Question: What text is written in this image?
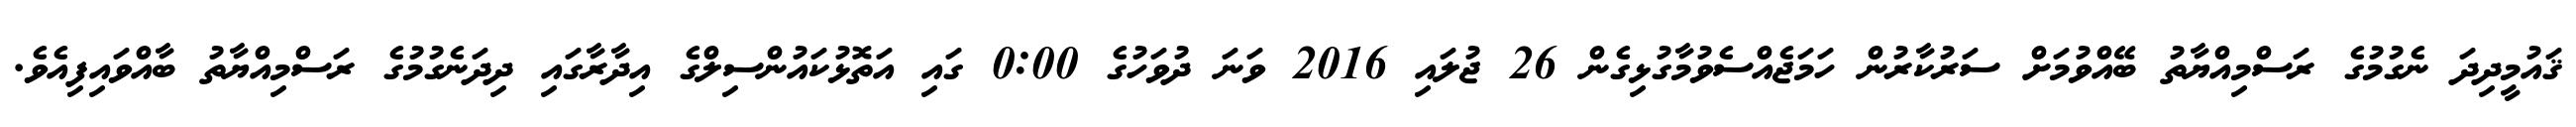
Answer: ޤައުމީދިދަ ނެގުމުގެ ރަސްމިއްޔާތު ބޭއްވުމަށް ސަރުކާރުން ހަމަޖެއްސެވުމާގުޅިގެން 26 ޖުލައި 2016 ވަނަ ދުވަހުގެ 0:00 ގައި އަތޮޅުކައުންސިލްގެ އިދާރާގައި ދިދަނެގުމުގެ ރަސްމިއްޔާތު ބާއްވައިފިއެވެ.